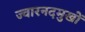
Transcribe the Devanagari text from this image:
ज्वारनदमुखों